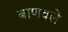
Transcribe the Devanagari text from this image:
बाणवले